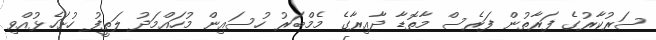
ސަރުކާރުގެ ފަރާތުން ފަރެސް މާތޮޑާ ދާއިރާގެ މެމްބަރު ހުސައިން މުހައްމަދު ލަތީފު ހުށަހެޅުއްވި